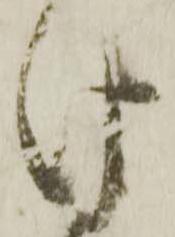
け